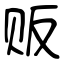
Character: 贩